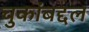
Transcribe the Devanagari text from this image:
चुकांबद्दल